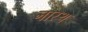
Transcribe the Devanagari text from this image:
नारथ